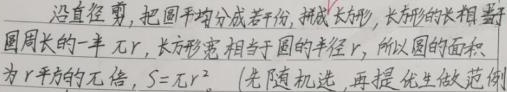
沿直径剪，把圆平均分成若干份，拼成 长方形，长方形的长相当于圆周长的一半 \(\pi r\)，长方形宽 相当于圆的半径 \(r\)，所以圆的面积为 \(r\)平方的\(\pi\)倍，\(S = \pi r^{2}\) （先随机选，再提 优生做范例）